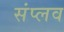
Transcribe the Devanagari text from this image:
संप्लव